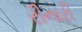
રીનારી